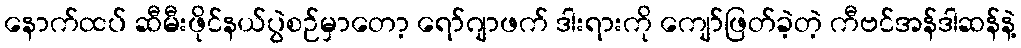
နောက်ထပ် ဆီမီးဖိုင်နယ်ပွဲစဉ်မှာတော့ ရော်ဂျာဖက် ဒါးရားကို ကျော်ဖြတ်ခဲ့တဲ့ ကီဗင်အန်ဒါဆန်နဲ့